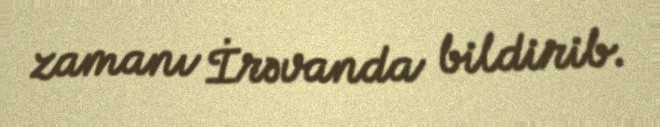
zamanı İrəvanda bildirib.